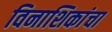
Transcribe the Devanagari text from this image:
विनाशिकांचा